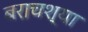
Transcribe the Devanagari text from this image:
बराचश्या